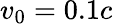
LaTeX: v_{\mathrm{0}}=0.1c